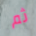
ثم